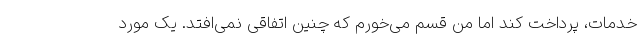
خدمات، پرداخت کند اما من قسم می‌خورم که چنین اتفاقی نمی‌افتد. یک مورد